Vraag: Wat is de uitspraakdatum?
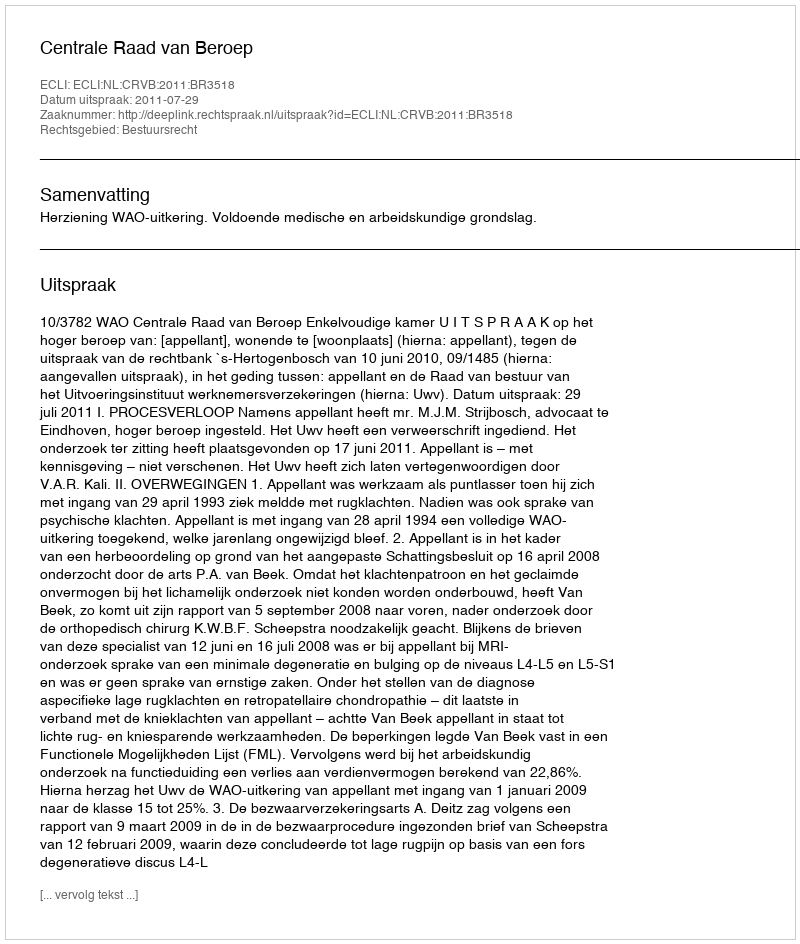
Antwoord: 2011-07-29